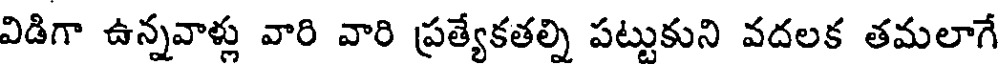
విడిగా ఉన్నవాళ్లు వారి వారి ప్రత్యేకతల్ని పట్టుకుని వదలక తమలాగే